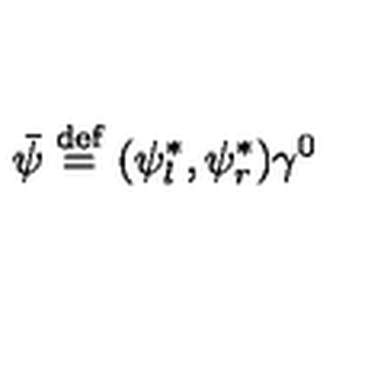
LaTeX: \bar { \psi } \stackrel { \mathrm { d e f } } { = } ( \psi _ { l } ^ { \ast } , \psi _ { r } ^ { \ast } ) \gamma ^ { 0 }